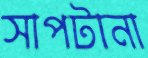
সাপটানা